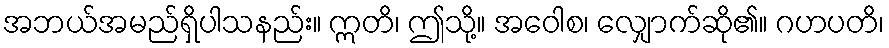
အဘယ်အမည်ရှိပါသနည်း။ ဣတိ၊ ဤသို့။ အဝေါစ၊ လျှောက်ဆို၏။ ဂဟပတိ၊